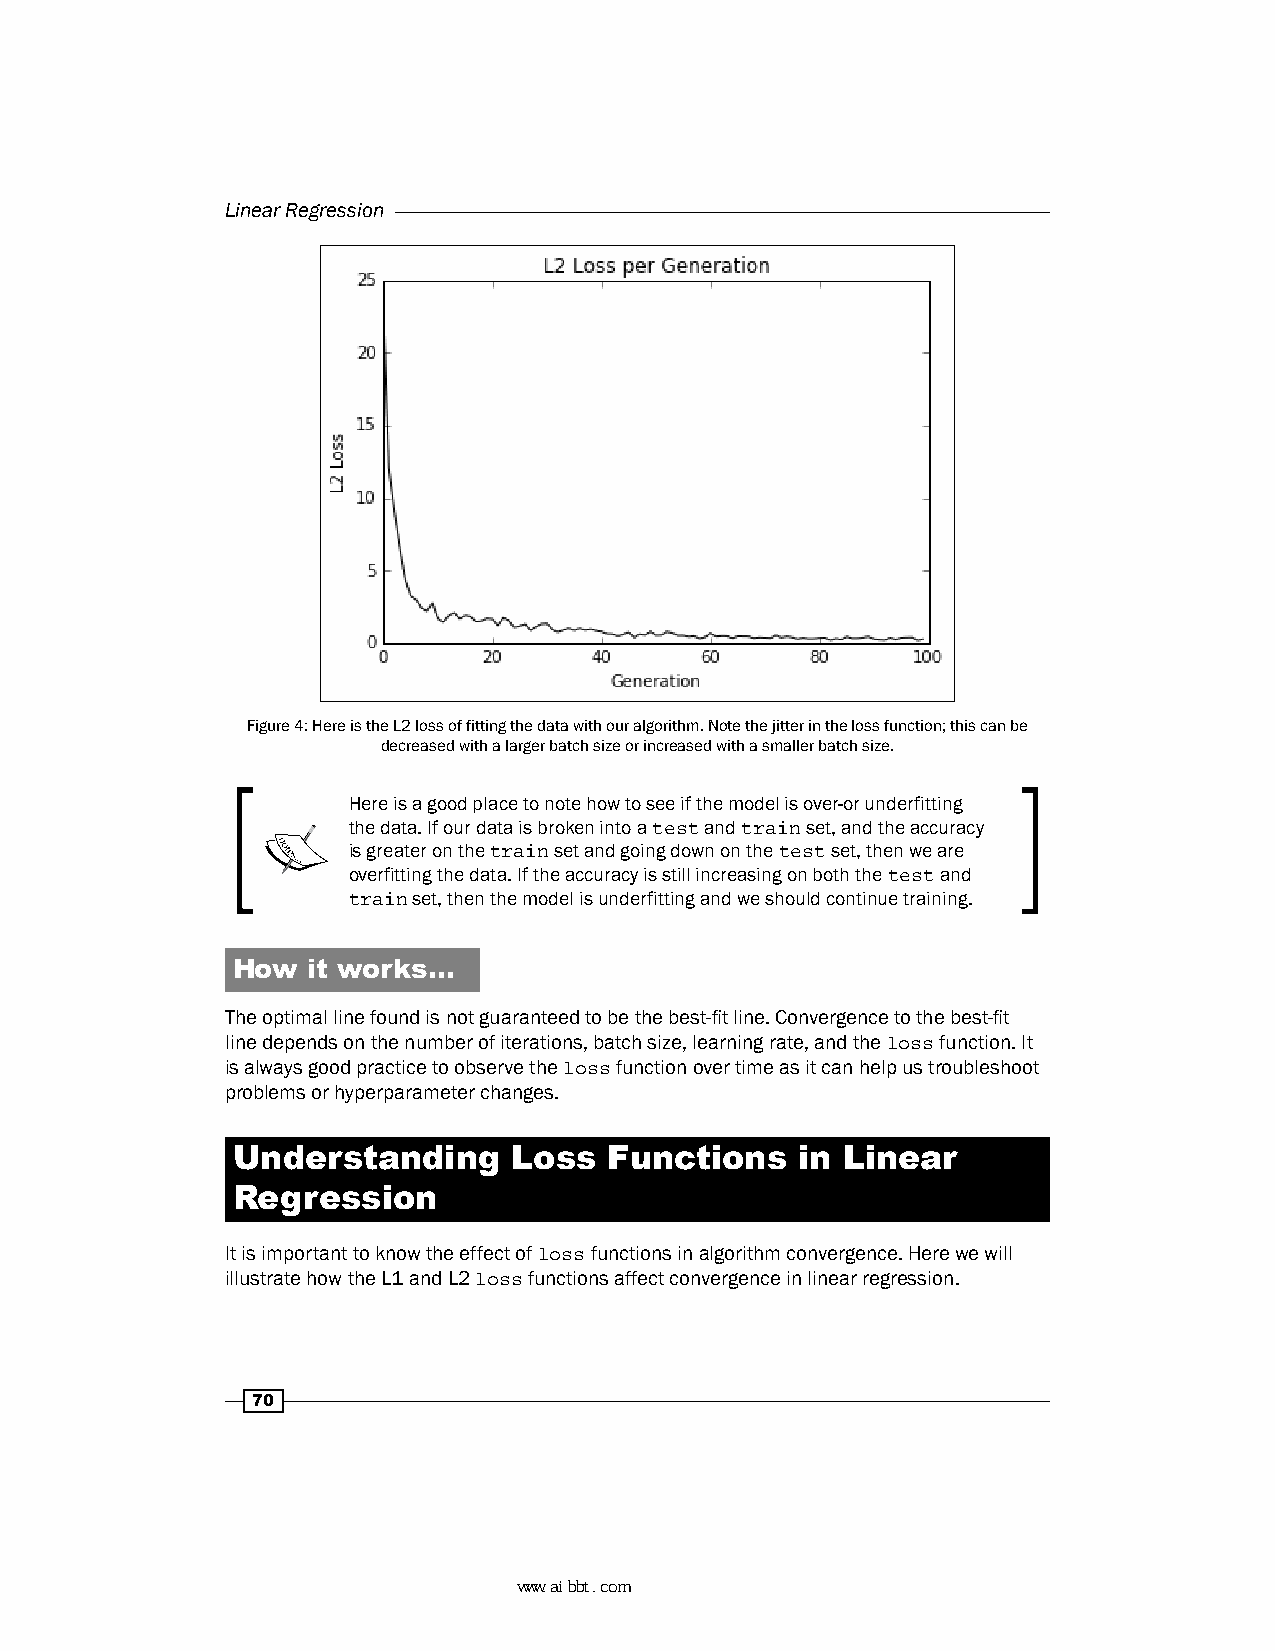
Linear Regression
 Figure 4: Here is the L2 loss of fitting the data with our algorithm. Note the jitter in the loss function; this can be
 decreased with a larger batch size or increased with a smaller batch size.
 Here is a good place to note how to see if the model is over-or underfitting
 the data. If our data is broken into a test and train set, and the accuracy
 is greater on the train set and going down on the test set, then we are
 overfitting the data. If the accuracy is still increasing on both the test and
 train set, then the model is underfitting and we should continue training.
 How  it works…
 The optimal line found is not guaranteed to be the best-fit line. Convergence to the best-fit
 line depends on the number of iterations, batch size, learning rate, and the loss function. It
 is always good practice to observe the loss function over time as it can help us troubleshoot
 problems or hyperparameter changes.
 Understanding      Loss  Functions    in Linear
 Regression
 It is important to know the effect of loss functions in algorithm convergence. Here we will
 illustrate how the L1 and L2 loss functions affect convergence in linear regression.
 70
 www.aibbt.com 让未来触手可及